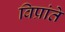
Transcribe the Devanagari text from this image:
विप्रांते